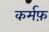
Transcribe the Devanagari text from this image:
कर्मफ़